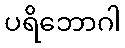
ပရိဘောဂါ